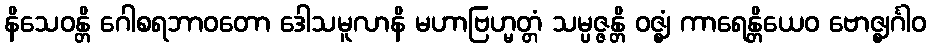
နိသေဝန္တိ ဂေါစရဘာဝတော ဒေါသမူလာနိ မဟာဗြဟ္မတ္တံ သမ္ပဇ္ဇန္တိ ဝဇ္ဈံ ကာရေန္တိယေဝ ဗောဇ္ဈင်္ဂါဝ